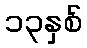
၁၃နှစ်